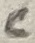
Text: C